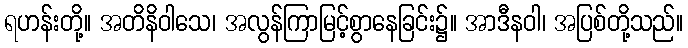
ရဟန်းတို့။ အတိနိဝါသေ၊ အလွန်ကြာမြင့်စွာနေခြင်း၌။ အာဒီနဝါ၊ အပြစ်တို့သည်။